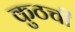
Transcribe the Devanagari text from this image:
कुठची